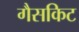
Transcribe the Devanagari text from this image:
गैसकिट